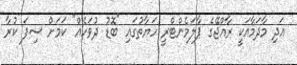
އަދި މާދަމާއަކީ ރާއްޖޭގެ ޕާލަމެންޓްރީ ހަޔާތުގައި "ބޮޑު ދުވަހެއް" ކަމަށް ސިފަ ކުރާ